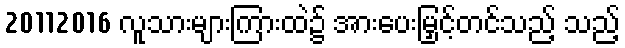
20112016 လူသားများကြားထဲ၌ အားပေးမြှင့်တင်သည့် သည့်